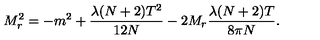
M _ { r } ^ { 2 } = - m ^ { 2 } + \frac { \lambda ( N + 2 ) T ^ { 2 } } { 1 2 N } - 2 M _ { r } \frac { \lambda ( N + 2 ) T } { 8 \pi N } .